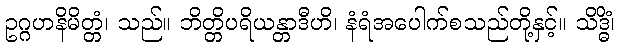
ဥဂ္ဂဟနိမိတ္တံ၊ သည်။ ဘိတ္တိပရိယန္တာဒီဟိ၊ နံရံအပေါက်စသည်တို့နှင့်။ သိဒ္ဓိံ၊